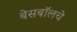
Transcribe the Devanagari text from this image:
बेसबॉलचे